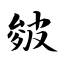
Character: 皴